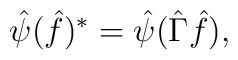
\hat{\psi}(\hat{f})^* =\hat{\psi}(\hat{\Gamma}\hat{f}),